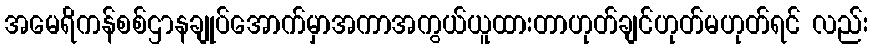
အမေရိကန်စစ်ဌာနချုပ်အောက်မှာအကာအကွယ်ယူထားတာဟုတ်ချင်ဟုတ်မဟုတ်ရင် လည်း